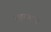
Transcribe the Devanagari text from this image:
रुहाकाना